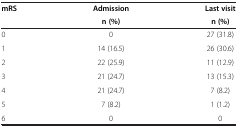
| mRS | Admission | Last visit |
 |  | n (%) | n (%) |
 | --- | --- | --- |
 | 0 | 0 | 27 (31.8) |
 | 1 | 14 (16.5) | 26 (30.6) |
 | 2 | 22 (25.9) | 11 (12.9) |
 | 3 | 21 (24.7) | 13 (15.3) |
 | 4 | 21 (24.7) | 7 (8.2) |
 | 5 | 7 (8.2) | 1 (1.2) |
 | 6 | 0 | 0 |